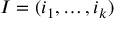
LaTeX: I = ( i _ { 1 } , \ldots , i _ { k } )